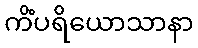
ကိံပရိယောသာနာ